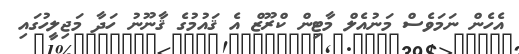
އެހެން ނަމަވެސް މަނުއެލް މާޓިން ކްރޫޒް އެ ޤައުމުގެ ޤާނޫނު ހަދާ މަޖިލީހުގައި